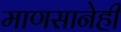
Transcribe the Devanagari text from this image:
माणसानेही